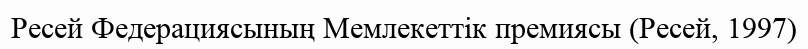
Ресей Федерациясының Мемлекеттік премиясы (Ресей, 1997)